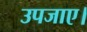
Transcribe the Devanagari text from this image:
उपजाए।